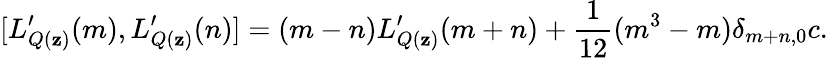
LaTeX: [L_{Q(\mathbf{z})}^{\prime}(m),L_{Q(\mathbf{z})}^{\prime}(n)]=(m-n)L_{Q(\mathbf{z})}^{\prime}(m+n)+{\displaystyle\frac{{1}}{{12}}}(m^{3}-m)\delta_{m+n,0}c.